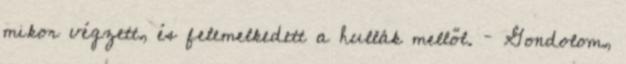
mikor végzett, és felemelkedett a hullák mellől. – Gondolom,